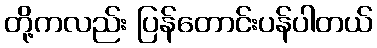
တို့ကလည်း ပြန်တောင်းပန်ပါတယ်